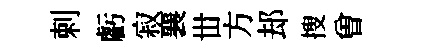
剌虧寂襄丗方𨚫搜曽